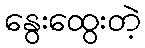
နွေးထွေးတဲ့